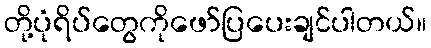
တို့ပုံရိပ်တွေကိုဖော်ပြပေးချင်ပါတယ်။